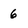
Character: 6